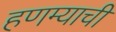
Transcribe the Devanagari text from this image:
हणम्याची